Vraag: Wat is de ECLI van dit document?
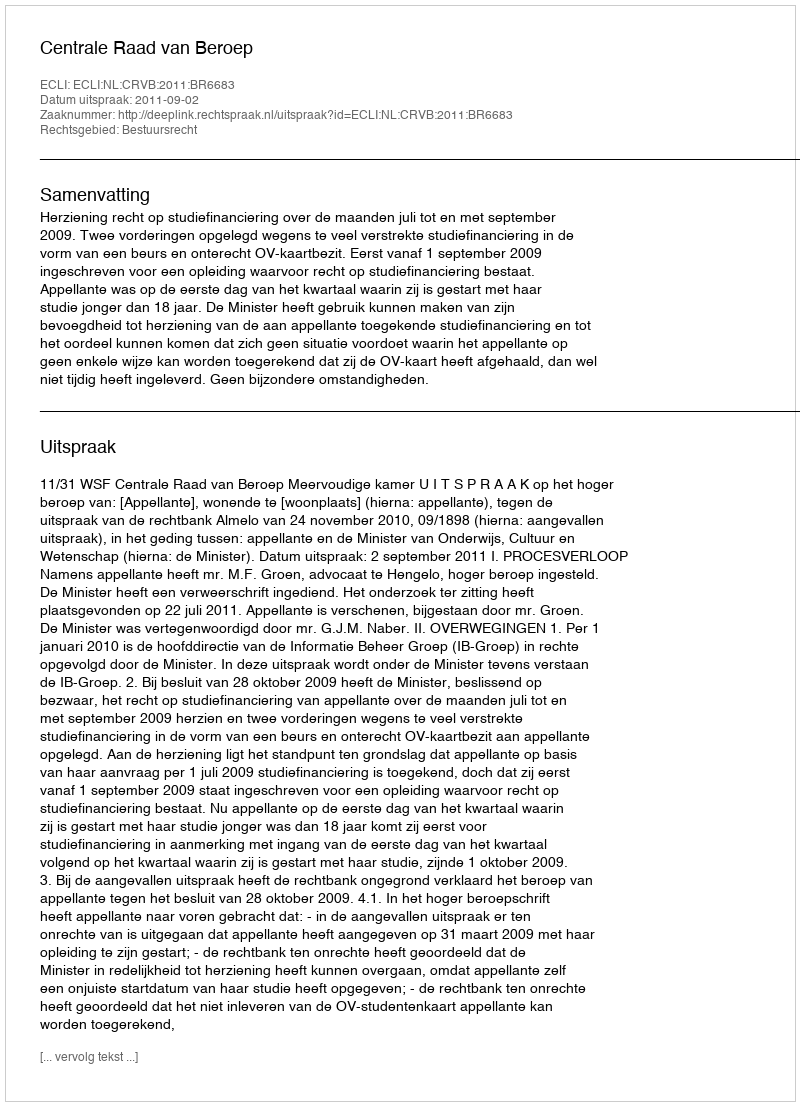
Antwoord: ECLI:NL:CRVB:2011:BR6683